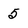
Character: 5